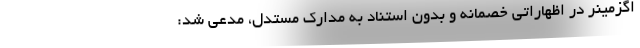
اگزمینر در اظهاراتی خصمانه و بدون استناد به مدارک مستدل، مدعی شد: